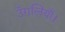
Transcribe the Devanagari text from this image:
उँगलियाँ।